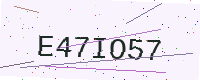
Text: E47IO57